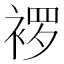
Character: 𬡠